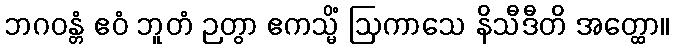
ဘဂဝန္တံ ဧဝံ ဘူတံ ဉတွာ ဧကသ္မိံ ဩကာသေ နိသီဒီတိ အတ္ထော။